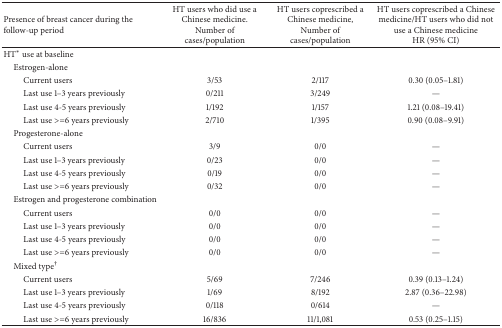
| Presence of breast cancer during the follow-up period | HT users who did use a Chinese medicine. Number of cases/population | HT users coprescribed a Chinese medicine, Number of cases/population | HT users coprescribed a Chinese medicine/HT users who did not use a Chinese medicineHR (95% CI) |
 | --- | --- | --- | --- |
 | HT* use at baseline |  |  |  |
 | Estrogen-alone |  |  |  |
 | Current users | 3/53 | 2/117 | 0.30 (0.05–1.81) |
 | Last use 1–3 years previously | 0/211 | 3/249 | — |
 | Last use 4-5 years previously | 1/192 | 1/157 | 1.21 (0.08–19.41) |
 | Last use >=6 years previously | 2/710 | 1/395 | 0.90 (0.08–9.91) |
 | Progesterone-alone |  |  |  |
 | Current users | 3/9 | 0/0 | — |
 | Last use 1–3 years previously | 0/23 | 0/0 | — |
 | Last use 4-5 years previously | 0/19 | 0/0 | — |
 | Last use >=6 years previously | 0/32 | 0/0 | — |
 | Estrogen and progesterone combination |  |  |  |
 | Current users | 0/0 | 0/0 | — |
 | Last use 1–3 years previously | 0/0 | 0/0 | — |
 | Last use 4-5 years previously | 0/0 | 0/0 | — |
 | Last use >=6 years previously | 0/0 | 0/0 | — |
 | Mixed type† |  |  |  |
 | Current users | 5/69 | 7/246 | 0.39 (0.13–1.24) |
 | Last use 1–3 years previously | 1/69 | 8/192 | 2.87 (0.36–22.98) |
 | Last use 4-5 years previously | 0/118 | 0/614 | — |
 | Last use >=6 years previously | 16/836 | 11/1,081 | 0.53 (0.25–1.15) |